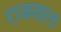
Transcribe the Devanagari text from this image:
राजवाला